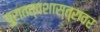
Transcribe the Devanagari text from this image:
पुरातत्वशास्त्रावर